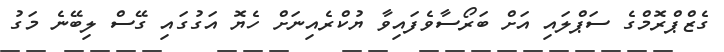
ގެޒްޕްރޮމްގެ ސަޕްލައި އަށް ބަރޯސާވެފައިވާ ޔުކްރެއިނަށް ހެޔޮ އަގުގައި ގޭސް ލިބޭނެ މަގު